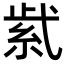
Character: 𬗋